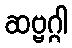
ဆဗ္ဗဂ္ဂါ